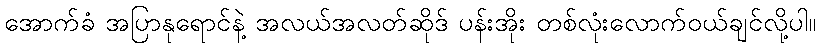
အောက်ခံ အပြာနုရောင်နဲ့ အလယ်အလတ်ဆိုဒ် ပန်းအိုး တစ်လုံးလောက်ဝယ်ချင်လို့ပါ။